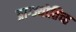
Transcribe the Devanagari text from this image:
प्राग्ज्योतिच्ह